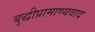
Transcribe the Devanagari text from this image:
बुद्धीप्रामाण्यवाद